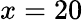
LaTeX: x=20